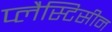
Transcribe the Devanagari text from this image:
प्लैस्टिसीन